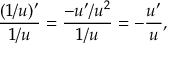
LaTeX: { \frac { ( 1 / u ) ^ { \prime } } { 1 / u } } = { \frac { - u ^ { \prime } / u ^ { 2 } } { 1 / u } } = - { \frac { u ^ { \prime } } { u } } ,